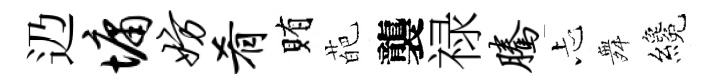
辸墉妨肴賄葩襲禄腾忐舞纔